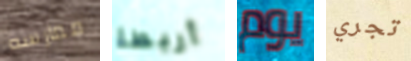
ممارسه أربطة يوم تجري